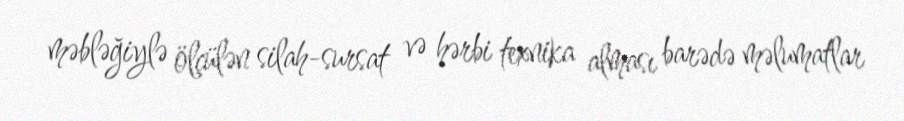
məbləğiylə ölçülən silah-sursat və hərbi texnika alması barədə məlumatlar